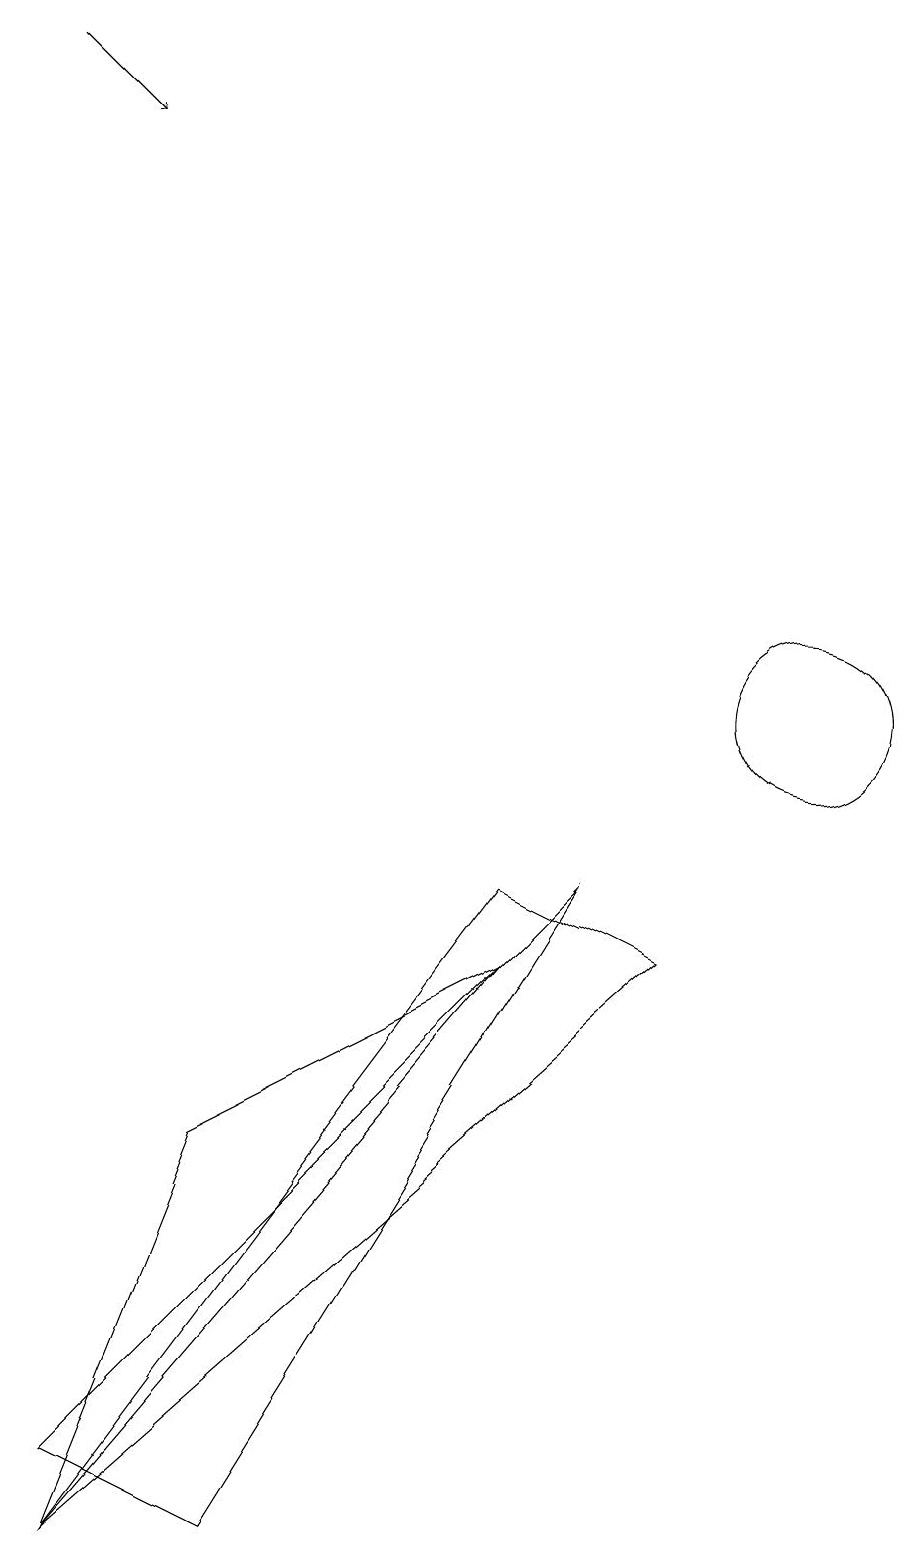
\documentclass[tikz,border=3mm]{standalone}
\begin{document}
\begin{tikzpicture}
\draw (10,10) circle (1);
\draw (0,0) -- (6,7) -- (2,5) -- cycle;
\draw (8,7) -- (0,0) -- (6,8) -- cycle;
\draw (0,1) -- (2,0) -- (7,8) -- cycle;
\draw[->] (1,19) -- (2,18);
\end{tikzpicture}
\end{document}